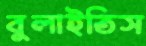
বুলাইতিস